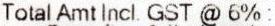
TOTAL AMT INCL. GST @ 6% :